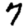
Digit: 7